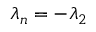
\lambda _ { n } = - \lambda _ { 2 }